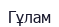
Гұлам